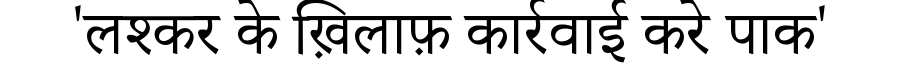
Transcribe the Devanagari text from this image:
'लश्कर के ख़िलाफ़ कार्रवाई करे पाक'